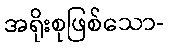
အရိုးစုဖြစ်သော-